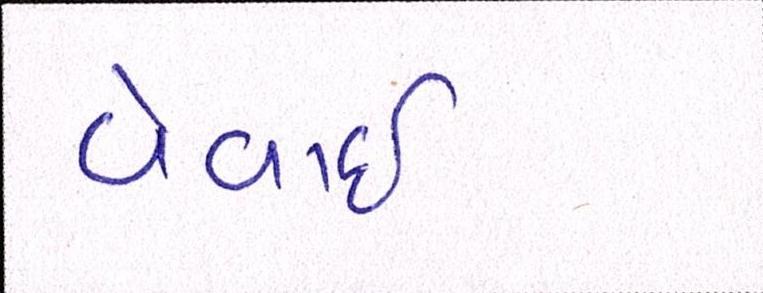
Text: વેવાઈ